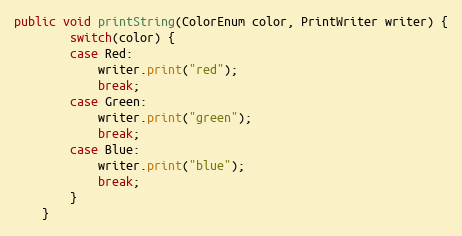
Language: Java
public void printString(ColorEnum color, PrintWriter writer) {
        switch(color) {
        case Red:
            writer.print("red");
            break;
        case Green:
            writer.print("green");
            break;
        case Blue:
            writer.print("blue");
            break;
        }
    }